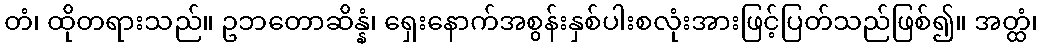
တံ၊ ထိုတရားသည်။ ဥဘတောဆိန္နံ၊ ရှေးနောက်အစွန်းနှစ်ပါးစလုံးအားဖြင့်ပြတ်သည်ဖြစ်၍။ အတ္ထံ၊